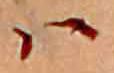
ハ